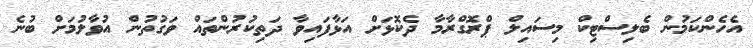
އެހެންކަމުން ބެލިސްޓިކް މިސައިލް ޕްރޮގްރާމާ ދެކޮޅަށް އަޅާފައިވާ ދަތިކުރުންތައް ވަގުތުން އުވާލުމަށް ބުނެ